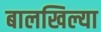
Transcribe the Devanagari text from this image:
बालखिल्या